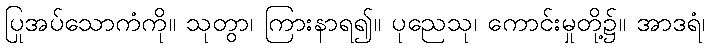
ပြုအပ်သောကံကို။ သုတွာ၊ ကြားနာရ၍။ ပုညေသု၊ ကောင်းမှုတို့၌။ အာဒရံ၊